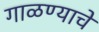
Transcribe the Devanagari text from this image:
गाळण्याचे